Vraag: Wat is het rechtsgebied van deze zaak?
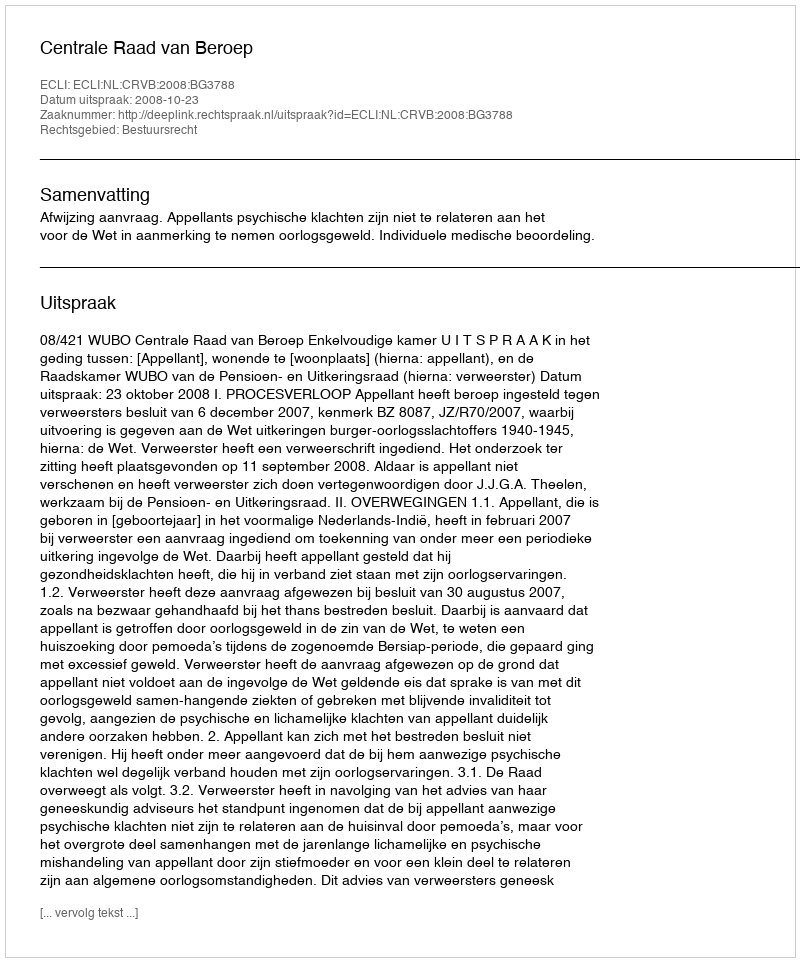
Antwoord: Bestuursrecht